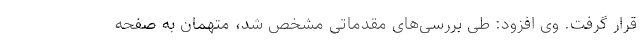
قرار گرفت. وی افزود: طی بررسی‌های مقدماتی مشخص شد، متهمان به صفحه